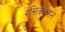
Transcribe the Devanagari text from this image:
रसिकत्वाने